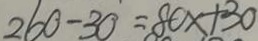
2 6 0 - 3 0 = 8 0 x + 3 0